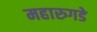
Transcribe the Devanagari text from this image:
महारुगडे